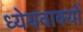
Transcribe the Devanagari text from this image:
ध्येयवाक्यों